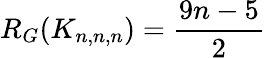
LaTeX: R_{G}(K_{n,n,n})=\frac{9n-5}{2}